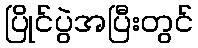
ပြိုင်ပွဲအပြီးတွင်